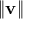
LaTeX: \| \mathbf { v } \|